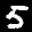
Label: 5